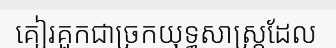
គៀរគួកជាច្រកយុទ្ធសាស្ត្រដែល